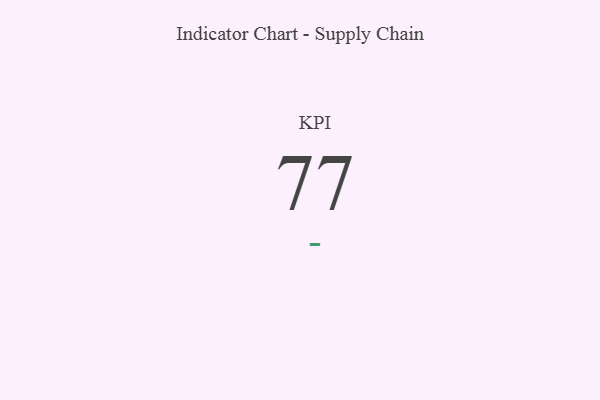
{"axis": {"x": "KPI", "y": "Value"}, "legend": [""], "data": [{"x": "KPI", "y": 77, "type": ""}]}